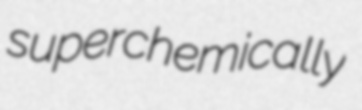
superchemically